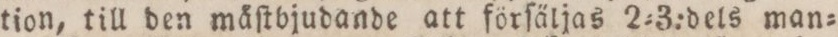
tion, till den måſtbjudande att förſäljas 2=3:dels man=